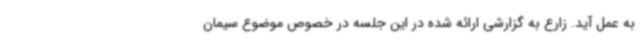
به عمل آید. زارع به گزارشی ارائه شده در این جلسه در خصوص موضوع سیمان